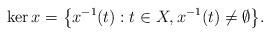
\begin{align*} \ker x = \bigl\{ x^{-1}(t) : t \in X, x^{-1}(t) \neq \emptyset\bigr\}.\end{align*}